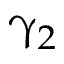
\upgamma _ { 2 }